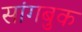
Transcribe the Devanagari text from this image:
सांगबुक